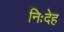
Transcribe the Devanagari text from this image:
निःदेह